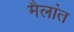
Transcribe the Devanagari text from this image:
मैलांत